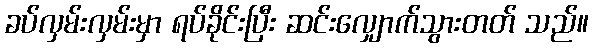
ခပ်လှမ်းလှမ်းမှာ ရပ်ခိုင်းပြီး ဆင်းလျှောက်သွားတတ် သည်။